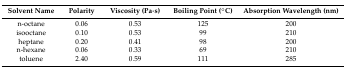
| Solvent Name | Polarity | Viscosity (Pa·s) | Boiling Point (°C) | Absorption Wavelength (nm) |
 | --- | --- | --- | --- | --- |
 | n-octane | 0.06 | 0.53 | 125 | 200 |
 | isooctane | 0.10 | 0.53 | 99 | 210 |
 | heptane | 0.20 | 0.41 | 98 | 200 |
 | n-hexane | 0.06 | 0.33 | 69 | 210 |
 | toluene | 2.40 | 0.59 | 111 | 285 |